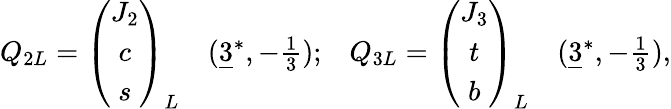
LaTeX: \begin{array}{cccc}{{Q_{2L}=\left(\begin{array}{c}{{J_{2}}}\\ {{c}}\\ {{s}}\end{array}\right)_{L}}}&{{(\underline{{{3}}}^{*},-\frac{1}{3});}}&{{Q_{3L}=\left(\begin{array}{c}{{J_{3}}}\\ {{t}}\\ {{b}}\end{array}\right)_{L}}}&{{(\underline{{{3}}}^{*},-\frac{1}{3}),}}\end{array}